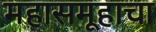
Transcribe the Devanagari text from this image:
महासमूहाचा